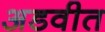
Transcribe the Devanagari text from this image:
अडवीत